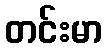
တင်းမာ